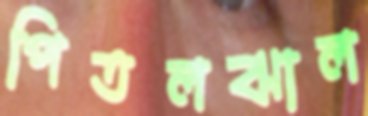
পিতলঝাল